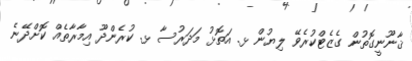
ޤާނޫނީގޮތުން ގެޒެޓްކުރެވޭ ލިޔުން ޅ. އަތޮޅު މަދަރުސާ ޅ. ކުރެންދޫ އިމާރާތެއް ކޮށްދޭނެ